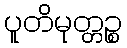
ပူတိမုတ္တဉ္စ